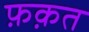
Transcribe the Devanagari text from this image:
फ़क़त